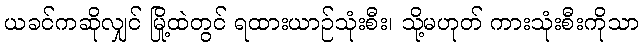
ယခင်ကဆိုလျှင် မြို့ထဲတွင် ရထားယာဉ်သုံးစီး၊ သို့မဟုတ် ကားသုံးစီးကိုသာ